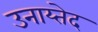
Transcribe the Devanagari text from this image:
उनाय्तेद